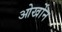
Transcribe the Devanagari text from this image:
ओर्खोन